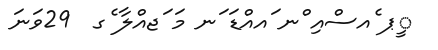
ީޕ ެއސްއި ްނ ައއްޑަ ަނ މަ ަޖއްލާ ެގ  29ވަނަ